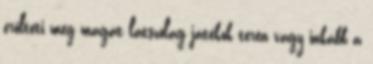
erőlteti meg magát látszólag játékok terén vagy inkább a